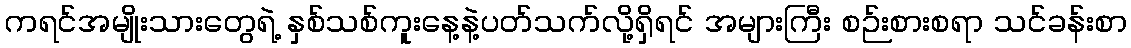
ကရင်အမျိုးသားတွေရဲ့ နှစ်သစ်ကူးနေ့နဲ့ပတ်သက်လို့ရှိရင် အများကြီး စဉ်းစားစရာ သင်ခန်းစာ